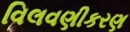
વિલવણીકરણ